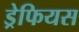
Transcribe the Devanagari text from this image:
ड्रेफियस